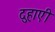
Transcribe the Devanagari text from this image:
दुहाएी